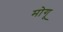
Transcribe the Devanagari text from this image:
मोगू